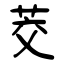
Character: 茭